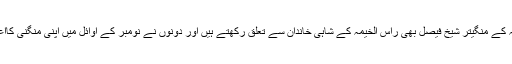
شیخہ لطیفہ کے منگیتر شیخ فیصل بھی راس الخیمہ کے شاہی خاندان سے تعلق رکھتے ہیں اور دونوں نے نومبر کے اوائل میں اپنی منگنی کااعلان کیاتھا۔